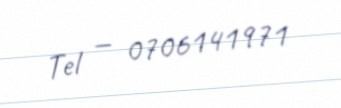
Tel — 0706141971